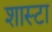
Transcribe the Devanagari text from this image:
शास्टा